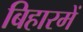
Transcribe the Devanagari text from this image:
बिहारमें